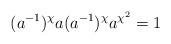
LaTeX: \begin{align*} (a^{-1})^\chi a (a^{-1})^\chi a^{\chi^2} = 1\end{align*}